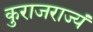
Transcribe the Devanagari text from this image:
कुराजराज्यं